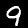
Label: 9